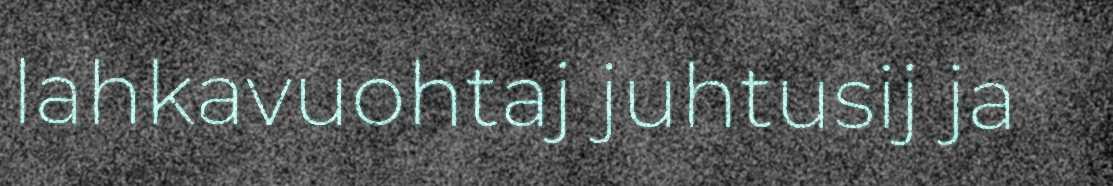
lahkavuohtaj juhtusij ja